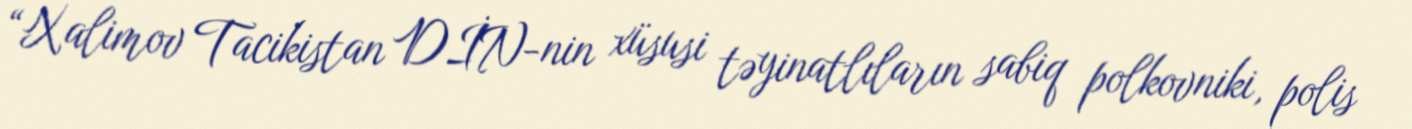
“Xalimov Tacikistan DİN-nin xüsusi təyinatlıların sabiq polkovniki, polis